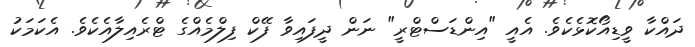
ދައްކާ ވީޑިއޯކޮޅެކެވެ. އެއީ "އިންޑަސްޓްރީ" ނަން ދީފައިވާ ފޭކް ފިލްމެއްގެ ޓްރެއިލާއެކެވެ. އެކަމަކު